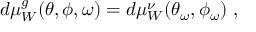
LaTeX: d \mu _ { W } ^ { g } ( \theta , \phi , \omega ) = d \mu _ { W } ^ { \nu } ( \theta _ { \omega } , \phi _ { \omega } ) \ ,